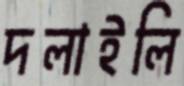
দলাইলি